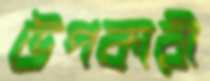
উপকারী